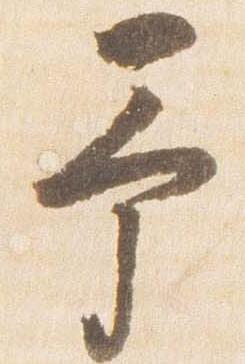
予